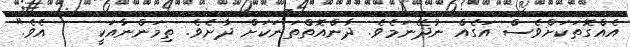
އެއްގޮތަކަށްވެސް އަގެއް ނުދޭނަމެވެ. ދާންއޮތްތަނަކަށް ދާށެވެ. ތިމަންނާއަކީ    އެވެ."